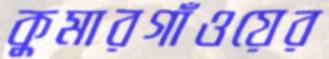
কুমারগাঁওয়ের